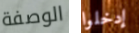
الوصفة إدخلوا